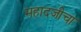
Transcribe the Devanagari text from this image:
महादजीचा